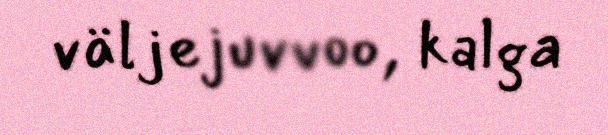
väljejuvvoo, kalga